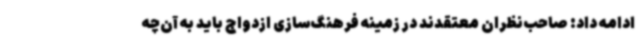
ادامه داد: صاحب‌نظران معتقدند در زمینه فرهنگ‌سازی ازدواج باید به آن‌چه